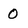
Character: 0